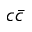
c \bar { c }